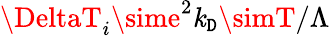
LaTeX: \DeltaT_{i}\sime^{2}\mathit{k}_{\mathtt{D}}\simT/\Lambda